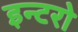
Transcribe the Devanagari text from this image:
इन्टरो